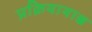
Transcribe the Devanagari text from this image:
प्रक्रियायाश्च